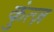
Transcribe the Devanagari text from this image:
कुंत्ज़